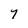
Character: 7